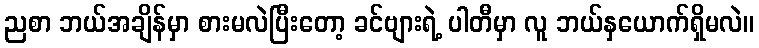
ညစာ ဘယ်အချိန်မှာ စားမလဲပြီးတော့ ခင်ဗျားရဲ့ ပါတီမှာ လူ ဘယ်နှယောက်ရှိမလဲ။